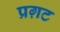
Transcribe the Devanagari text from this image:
प्रग़ट